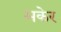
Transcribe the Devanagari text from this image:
मकेर